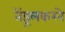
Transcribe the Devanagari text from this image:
तेंडूलकरने